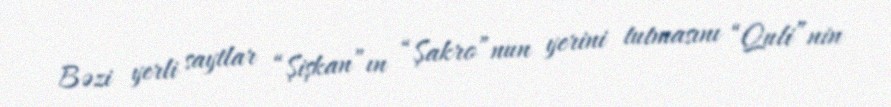
Bəzi yerli saytlar “Şişkan”ın “Şakro”nun yerini tutmasını “Quli”nin